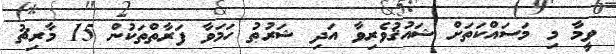
ވީމާ މި މަސައްކަތަށް ޝައުޤުވެރިވާ އަދި ޝަރުޠު ހަމަވާ ފަރާތްތަކުން 15 މާރިޗު